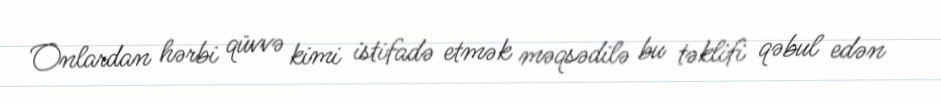
Onlardan hərbi qüvvə kimi istifadə etmək məqsədilə bu təklifi qəbul edən